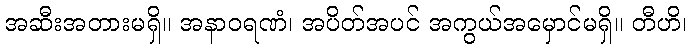
အဆီးအတားမရှိ။ အနာဝရဏံ၊ အပိတ်အပင် အကွယ်အမှောင်မရှိ။ တီဟိ၊